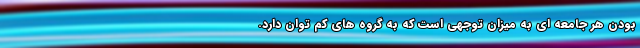
بودن هر جامعه ای به میزان توجهی است که به گروه های کم توان دارد.